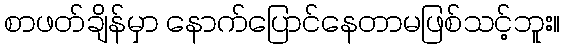
စာဖတ်ချိန်မှာ နောက်ပြောင်နေတာမဖြစ်သင့်ဘူး။